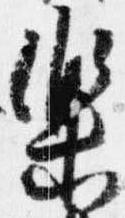
楽